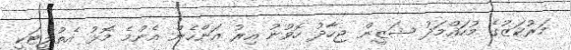
މަރުކަޒުގެ މުހައްމަދު ޝަޒީން ޖިހާދު ހޮވުނު އިރު އަންހެން އެންމެ މޮޅު އެތުލީޓަކީ